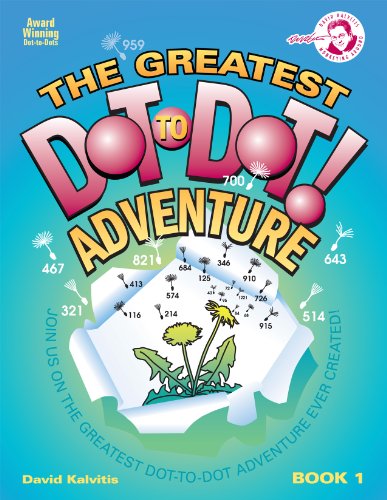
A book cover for The Greatest Dot-to-Dot Adventure Book 1; David Kalvitis; Humor & Entertainment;